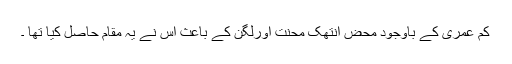
کم عمری کے باوجود محض انتھک محنت اورلگن کے باعث اس نے یہ مقام حاصل کیا تھا ۔